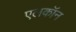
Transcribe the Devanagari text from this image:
एलकॉन